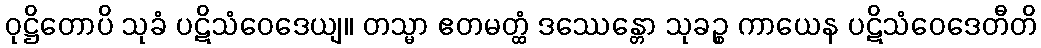
ဝုဋ္ဌိတောပိ သုခံ ပဋိသံဝေဒေယျ။ တသ္မာ ဧတမတ္ထံ ဒဿေန္တော သုခဉ္စ ကာယေန ပဋိသံဝေဒေတီတိ